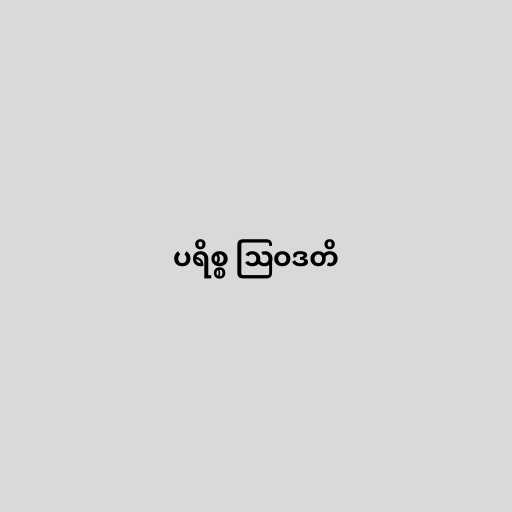
ပရိစ္စ ဩဝဒတိ